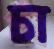
চা